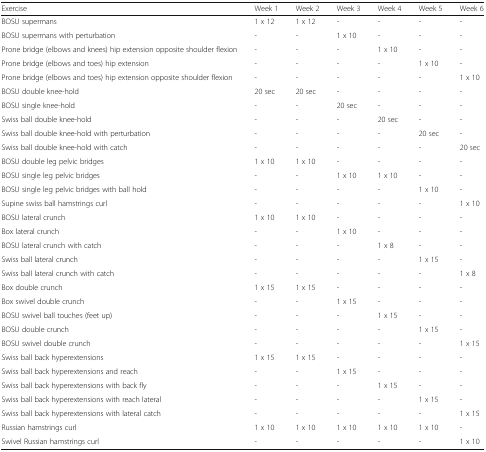
<table><thead><tr><td><b>Exercise</b></td><td><b>Week 1</b></td><td><b>Week 2</b></td><td><b>Week 3</b></td><td><b>Week 4</b></td><td><b>Week 5</b></td><td><b>Week 6</b></td></tr></thead><tbody><tr><td>BOSU supermans</td><td>1 x 12</td><td>1 x 12</td><td>-</td><td>-</td><td>-</td><td>-</td></tr><tr><td>BOSU supermans with perturbation</td><td>-</td><td>-</td><td>1 x 10</td><td>-</td><td>-</td><td>-</td></tr><tr><td>Prone bridge (elbows and knees) hip extension opposite shoulder flexion</td><td>-</td><td>-</td><td>-</td><td>1 x 10</td><td>-</td><td>-</td></tr><tr><td>Prone bridge (elbows and toes) hip extension</td><td>-</td><td>-</td><td>-</td><td>-</td><td>1 x 10</td><td>-</td></tr><tr><td>Prone bridge (elbows and toes) hip extension opposite shoulder flexion</td><td>-</td><td>-</td><td>-</td><td>-</td><td>-</td><td>1 x 10</td></tr><tr><td>BOSU double knee-hold</td><td>20 sec</td><td>20 sec</td><td>-</td><td>-</td><td>-</td><td>-</td></tr><tr><td>BOSU single knee-hold</td><td>-</td><td>-</td><td>20 sec</td><td>-</td><td>-</td><td>-</td></tr><tr><td>Swiss ball double knee-hold</td><td>-</td><td>-</td><td>-</td><td>20 sec</td><td>-</td><td>-</td></tr><tr><td>Swiss ball double knee-hold with perturbation</td><td>-</td><td>-</td><td>-</td><td>-</td><td>20 sec</td><td>-</td></tr><tr><td>Swiss ball double knee-hold with catch</td><td>-</td><td>-</td><td>-</td><td>-</td><td>-</td><td>20 sec</td></tr><tr><td>BOSU double leg pelvic bridges</td><td>1 x 10</td><td>1 x 10</td><td>-</td><td>-</td><td>-</td><td>-</td></tr><tr><td>BOSU single leg pelvic bridges</td><td>-</td><td>-</td><td>1 x 10</td><td>1 x 10</td><td>-</td><td>-</td></tr><tr><td>BOSU single leg pelvic bridges with ball hold</td><td>-</td><td>-</td><td>-</td><td>-</td><td>1 x 10</td><td>-</td></tr><tr><td>Supine swiss ball hamstrings curl</td><td>-</td><td>-</td><td>-</td><td>-</td><td>-</td><td>1 x 10</td></tr><tr><td>BOSU lateral crunch</td><td>1 x 10</td><td>1 x 10</td><td>-</td><td>-</td><td>-</td><td>-</td></tr><tr><td>Box lateral crunch</td><td>-</td><td>-</td><td>1 x 10</td><td>-</td><td>-</td><td>-</td></tr><tr><td>BOSU lateral crunch with catch</td><td>-</td><td>-</td><td>-</td><td>1 x 8</td><td>-</td><td>-</td></tr><tr><td>Swiss ball lateral crunch</td><td>-</td><td>-</td><td>-</td><td>-</td><td>1 x 15</td><td>-</td></tr><tr><td>Swiss ball lateral crunch with catch</td><td>-</td><td>-</td><td>-</td><td>-</td><td>-</td><td>1 x 8</td></tr><tr><td>Box double crunch</td><td>1 x 15</td><td>1 x 15</td><td>-</td><td>-</td><td>-</td><td>-</td></tr><tr><td>Box swivel double crunch</td><td>-</td><td>-</td><td>1 x 15</td><td>-</td><td>-</td><td>-</td></tr><tr><td>BOSU swivel ball touches (feet up)</td><td>-</td><td>-</td><td>-</td><td>1 x 15</td><td>-</td><td>-</td></tr><tr><td>BOSU double crunch</td><td>-</td><td>-</td><td>-</td><td>-</td><td>1 x 15</td><td>-</td></tr><tr><td>BOSU swivel double crunch</td><td>-</td><td>-</td><td>-</td><td>-</td><td>-</td><td>1 x 15</td></tr><tr><td>Swiss ball back hyperextensions</td><td>1 x 15</td><td>1 x 15</td><td>-</td><td>-</td><td>-</td><td>-</td></tr><tr><td>Swiss ball back hyperextensions and reach</td><td>-</td><td>-</td><td>1 x 15</td><td>-</td><td>-</td><td>-</td></tr><tr><td>Swiss ball back hyperextensions with back fly</td><td>-</td><td>-</td><td>-</td><td>1 x 15</td><td>-</td><td>-</td></tr><tr><td>Swiss ball back hyperextensions with reach lateral</td><td>-</td><td>-</td><td>-</td><td>-</td><td>1 x 15</td><td>-</td></tr><tr><td>Swiss ball back hyperextensions with lateral catch</td><td>-</td><td>-</td><td>-</td><td>-</td><td>-</td><td>1 x 15</td></tr><tr><td>Russian hamstrings curl</td><td>1 x 10</td><td>1 x 10</td><td>1 x 10</td><td>1 x 10</td><td>1 x 10</td><td>-</td></tr><tr><td>Swivel Russian hamstrings curl</td><td>-</td><td>-</td><td>-</td><td>-</td><td>-</td><td>1 x 10</td></tr></tbody></table>